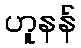
ဟူနန်